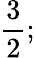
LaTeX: \displaystyle\frac{3}{2};